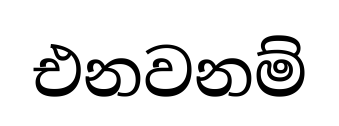
එනවනම්